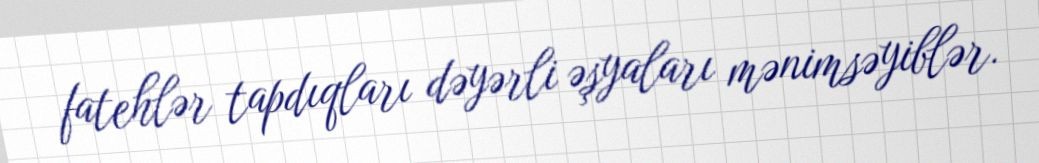
fatehlər tapdıqları dəyərli əşyaları mənimsəyiblər.